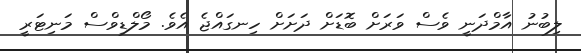
ލިބުނު އާމްދަނީ ވެސް ވަރަށް ބޮޑަށް ދަށަށް ހިނގައްޖެ އެވެ. މޯލްޑިވްސް މަނިޓަރީ